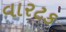
વારટક